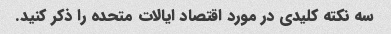
سه نکته کلیدی در مورد اقتصاد ایالات متحده را ذکر کنید.